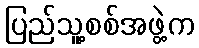
ပြည်သူ့စစ်အဖွဲ့က